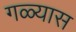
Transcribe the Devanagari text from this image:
गळ्यास